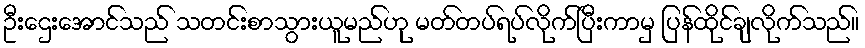
ဦးဌေးအောင်သည် သတင်းစာသွားယူမည်ဟု မတ်တပ်ရပ်လိုက်ပြီးကာမှ ပြန်ထိုင်ချလိုက်သည်။